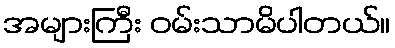
အများကြီး ဝမ်းသာမိပါတယ်။